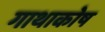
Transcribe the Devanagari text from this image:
गाथाकोष